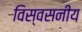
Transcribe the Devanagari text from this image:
विस्वसनीय